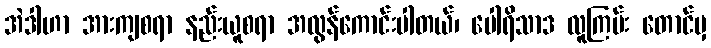
အဲဒါဟာ အားကျစရာ နည်းယူစရာ အလွန်ကောင်းပါတယ်၊ ပေါရိသာဒ လူကြမ်း တောင်မှ